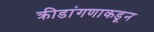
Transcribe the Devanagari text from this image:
क्रीडांगणाकडून